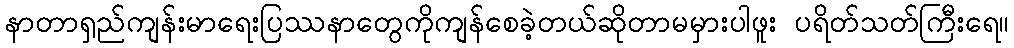
နာတာရှည်ကျန်းမာရေးပြဿနာတွေကိုကျန်စေခဲ့တယ်ဆိုတာမမှားပါဖူး ပရိတ်သတ်ကြီးရေ။